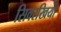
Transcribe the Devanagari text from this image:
सिवरखिया